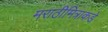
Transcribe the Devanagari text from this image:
मराठीमित्राकडे